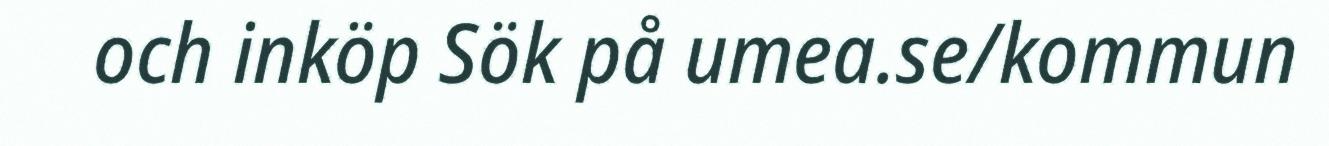
och inköp Sök på umea.se/kommun